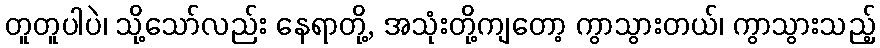
တူတူပါပဲ၊ သို့သော်လည်း နေရာတို့, အသုံးတို့ကျတော့ ကွာသွားတယ်၊ ကွာသွားသည့်